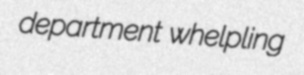
department whelpling